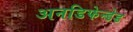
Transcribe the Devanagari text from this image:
अनडिफेन्डेड